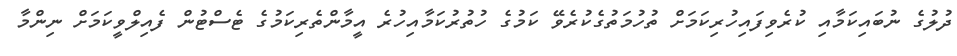
ދުލުގެ ނުބައިކަމާއި ކުރެވިފައިހުރިކަމަށް ތުހުމަތުގެކުރެވޭ ކަމުގެ ހުތުރުކަމާއިހުރެ އީމާންތެރިކަމުގެ ޓެސްޓުން ފެއިލްވީކަމަށް ނިންމާ